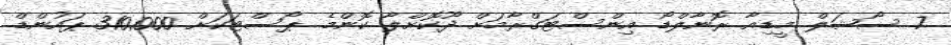
7 ސޯޝަލް މީޑިއާ ރޮނާލްޑޯ އިންސްޓަގްރާމަށް ދޫކޮށްލާ ކޮންމެ ޕޯސްޓަކަށް 310